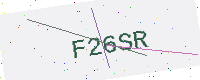
Text: F26SR